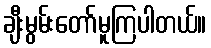
ချီးမွမ်းတော်မူကြပါတယ်။